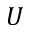
U